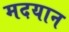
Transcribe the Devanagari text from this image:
मदयान